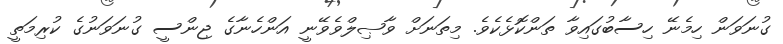
ގުނަވަން ހިމެނޭ ހިސާބުގައިވާ ތަންކޮޅެކެވެ. މިތަނަށް ވާޞިލްވެވޭނީ އަންހެނާގެ ޖިންސީ ގުނަވަނުގެ ކުރިމަތީ